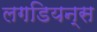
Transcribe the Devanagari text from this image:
लगडियन्स